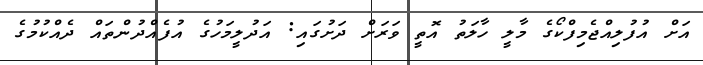
އަށް އުފުލިއްޖެމިފްކޯގެ މާލީ ހާލަތު އޮތީ ވަރަށް ދަށުގައި: އަދުލީމަހުގެ އުފެއްދުންތައް ދެއްކުމުގެ